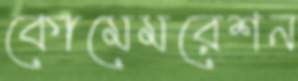
কোমেমরেশন